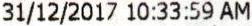
31/12/2017 10:33:59 AM